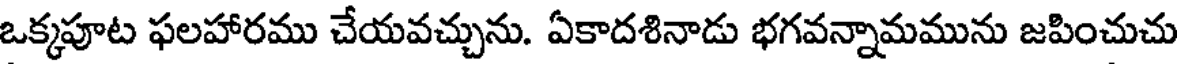
ఒక్కపూట ఫలహారము చేయవచ్చును. ఏకాదశినాడు భగవన్నామమును జపించుచు